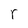
Character: r